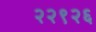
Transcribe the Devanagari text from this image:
२२९२६